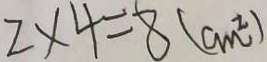
2 \times 4 = 8 ( c m ^ { 2 } )